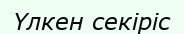
Үлкен секіріс